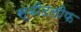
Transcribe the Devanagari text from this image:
स्वीटलीफ